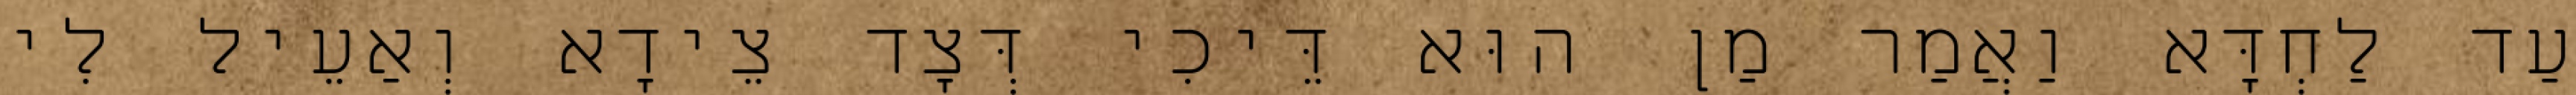
עַד לַחְדָּא וַאֲמַר מַן הוּא דֵּיכִי דְּצָד צֵידָא וְאַעֵיל לִי